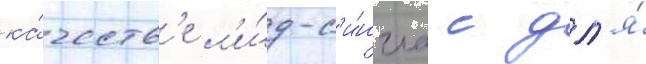
ка́честв'е л'и́д-с'и́нгла с дл'я́